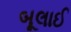
બૂલાઈ